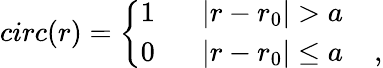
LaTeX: circ(r)=\left\{ \begin{array}{ll}{1\; \; \; \; \; \; |r-r_{0}|>a}\\ {0\; \; \; \; \; \; |r-r_{0}|\leq a\; \; \; \; ,}\end{array}\right.